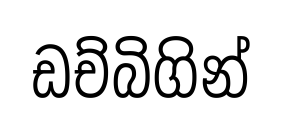
ඩච්බිගින්